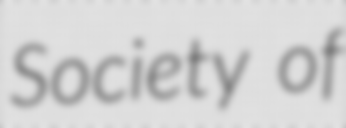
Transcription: Society of